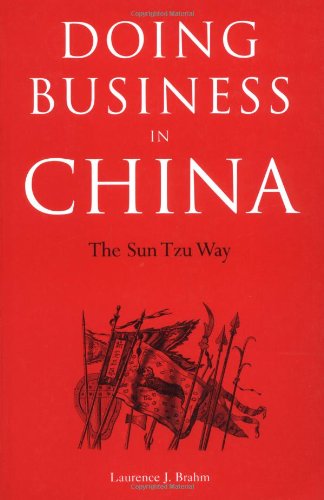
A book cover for Doing Business in China: The Sun Tzu Way; Laurence J. Brahm; Business & Money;